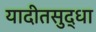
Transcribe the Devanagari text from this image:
यादीतसुद्धा